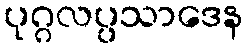
ပုဂ္ဂလပ္ပသာဒေန